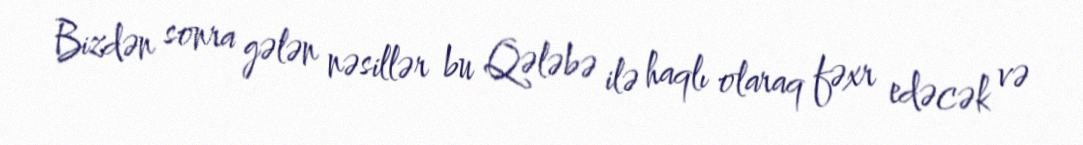
Bizdən sonra gələn nəsillər bu Qələbə ilə haqlı olaraq fəxr edəcək və